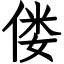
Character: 偻